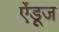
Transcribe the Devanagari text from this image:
ऐंडूज